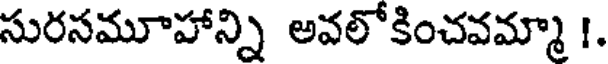
సురసమూహాన్ని అవలోకించవమ్మా !.